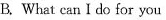
B.What can I do for you